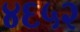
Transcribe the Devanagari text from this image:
४६५२